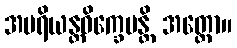
အပရိယန္တဝိက္ခေပန္တိ အတ္ထော။